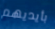
بأيديهم